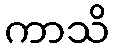
ကာသိ